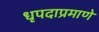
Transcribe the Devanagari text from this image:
धृपदाप्रमाणे